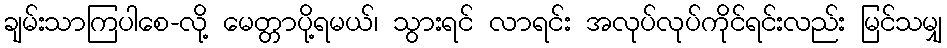
ချမ်းသာကြပါစေ-လို့ မေတ္တာပို့ရမယ်၊ သွားရင် လာရင်း အလုပ်လုပ်ကိုင်ရင်းလည်း မြင်သမျှ